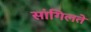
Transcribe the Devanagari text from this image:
सांगिलते